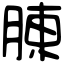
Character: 腖